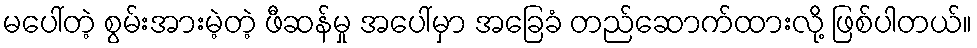
မပေါ်တဲ့ စွမ်းအားမဲ့တဲ့ ဖီဆန်မှု အပေါ်မှာ အခြေခံ တည်ဆောက်ထားလို့ ဖြစ်ပါတယ်။